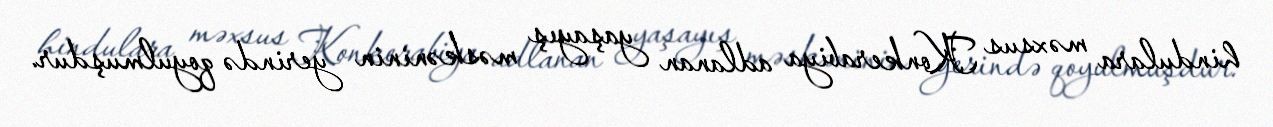
hindulara məxsus Konkerabiya adlanan yaşayış məskəninin yerində qoyulmuşdur.